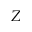
Z